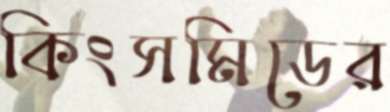
কিংসমিডের